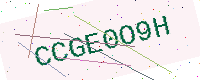
Text: CCGE0O9H